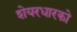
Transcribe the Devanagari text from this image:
शेयरधारको